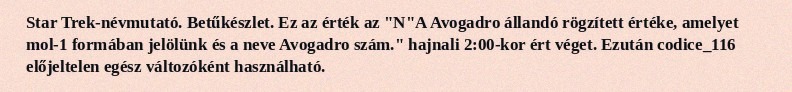
Star Trek-névmutató. Betűkészlet. Ez az érték az "N"A Avogadro állandó rögzített értéke, amelyet mol-1 formában jelölünk és a neve Avogadro szám." hajnali 2:00-kor ért véget. Ezután codice_116 előjeltelen egész változóként használható.